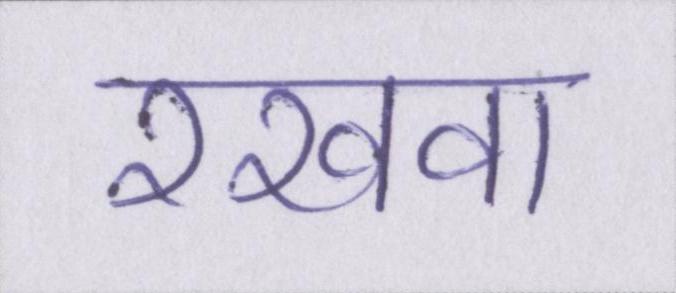
रखवा